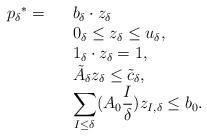
LaTeX: \begin{align*}\begin{array}{lll}{p_\delta}^*=&& b_{\delta} \cdot z_{\delta} \\& & 0_{\delta}\le z_{\delta}\le u_{\delta}, \\&& 1_\delta \cdot z_{\delta}=1,\\&& \tilde{A}_\delta z_{\delta} \le \tilde{c}_\delta,\\&& \displaystyle{ \sum_{I\le \delta} ( A_0 \frac{I}{\delta}) z_{I,\delta}}\le b_0.\end{array}\end{align*}